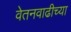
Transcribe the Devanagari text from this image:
वेतनवाढीच्या